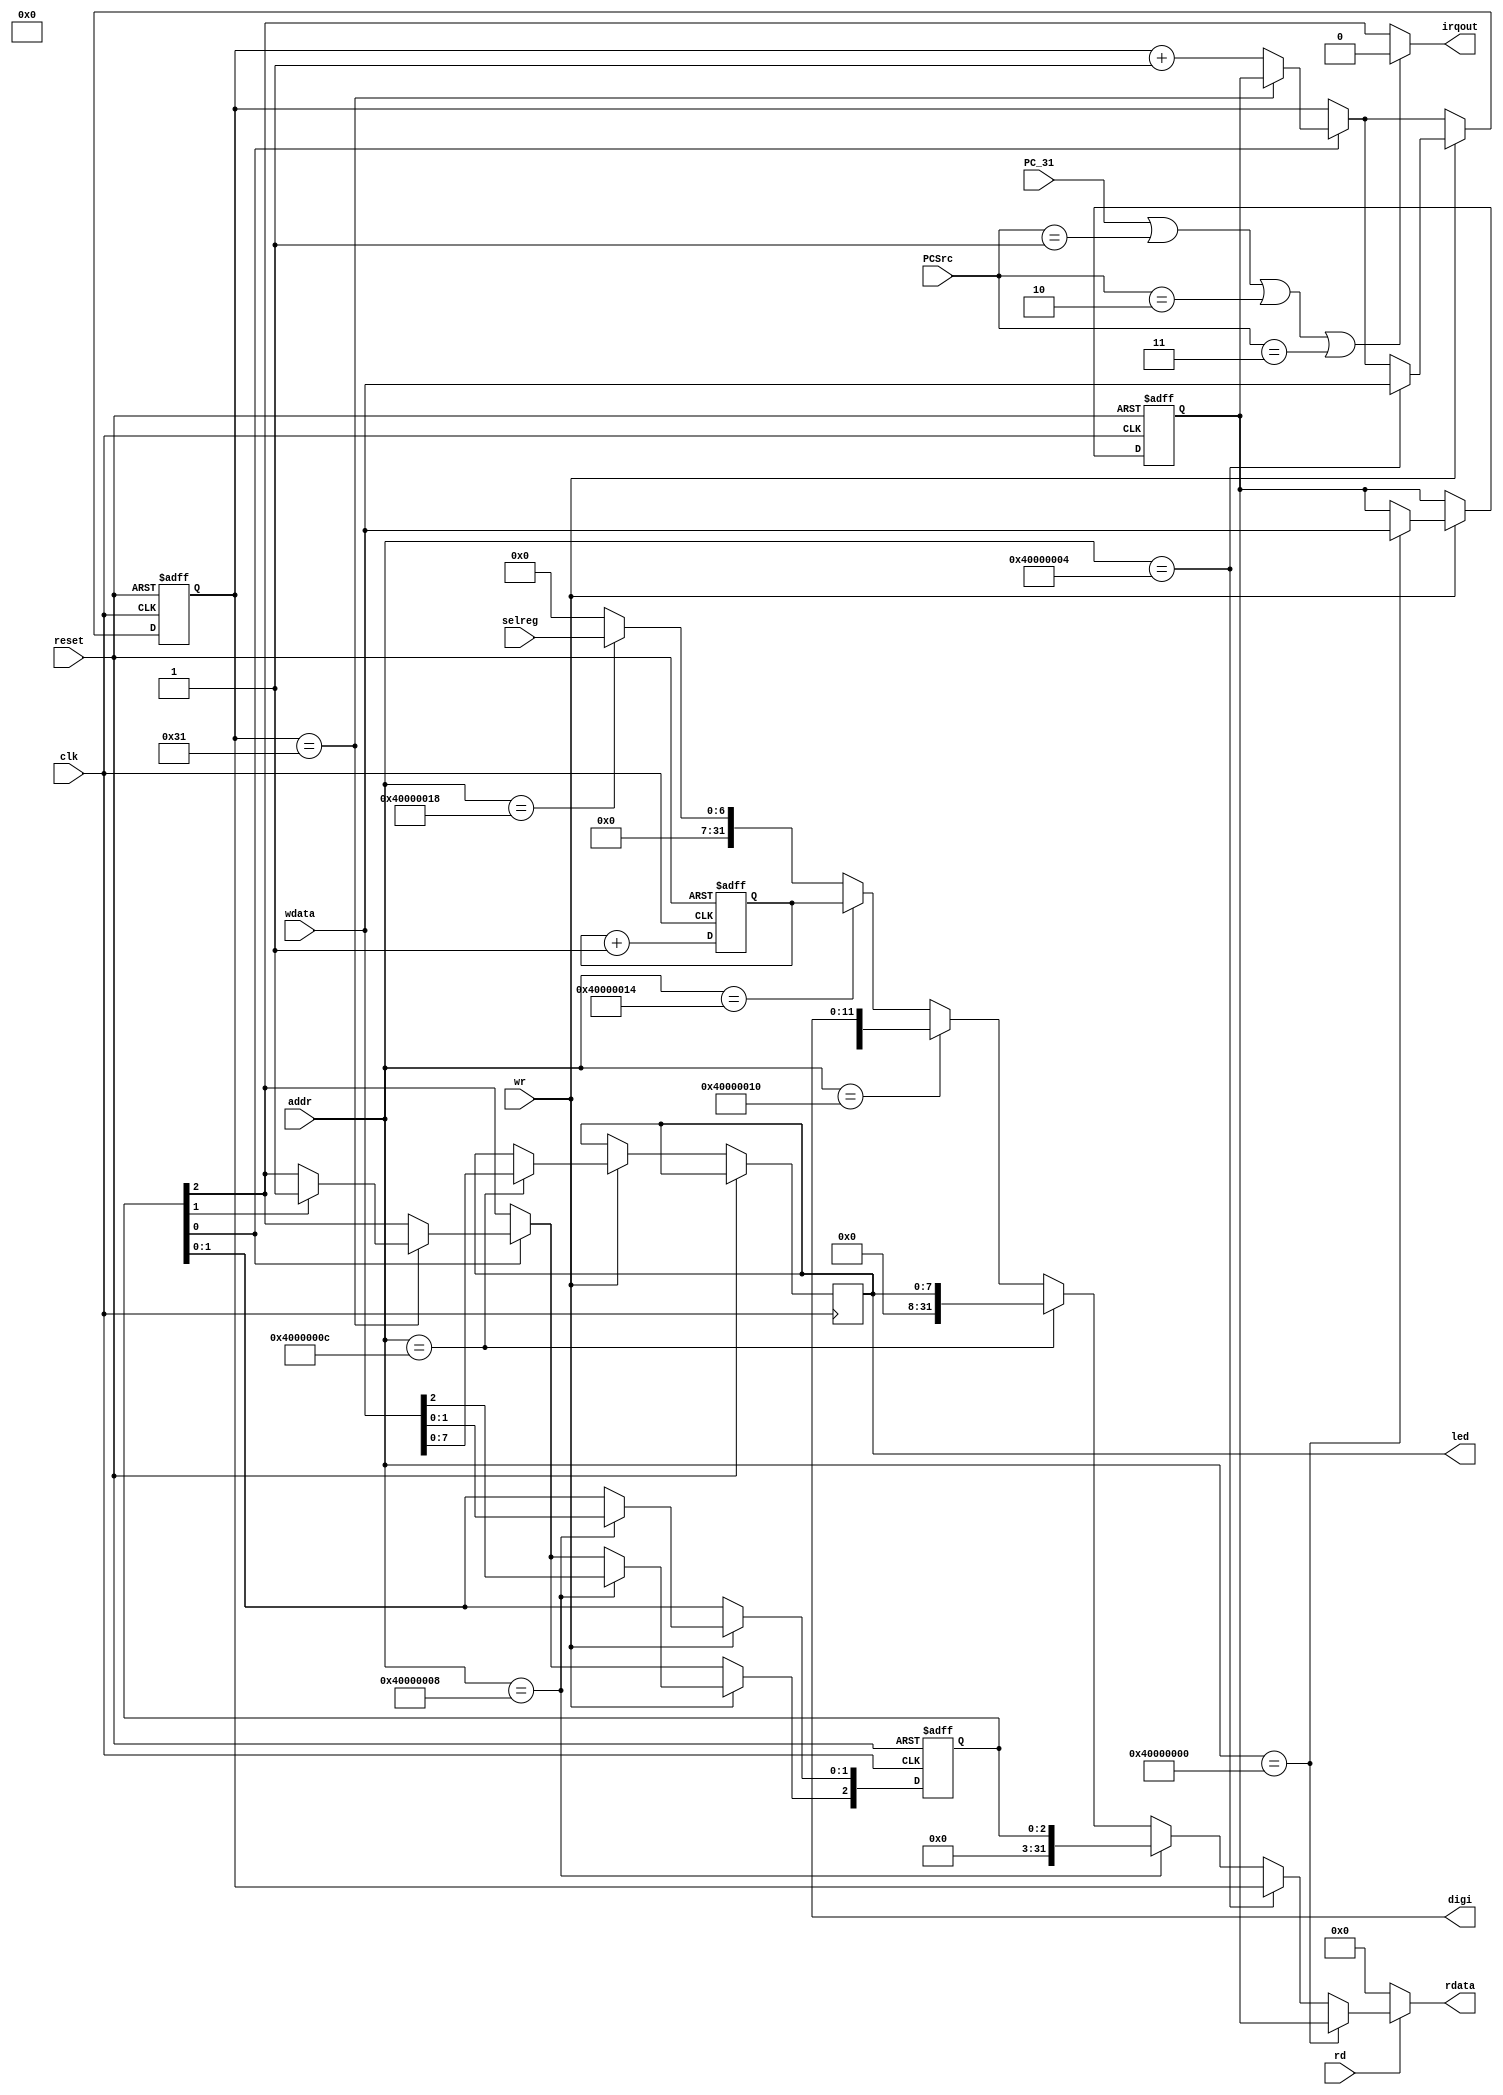
`timescale 1ns/1ps
module Peripheral(PCSrc,reset,clk,rd,wr,addr,wdata,rdata,led,digi,selreg,irqout,PC_31);
input [2:0]PCSrc;
input reset,clk;
input rd,wr,PC_31;
input [31:0] addr;
input [31:0] wdata;
input [6:0] selreg;
output [31:0] rdata;
output [7:0] led;
output [11:0] digi;
output irqout;

reg [7:0] led;
reg [11:0] digi;
reg [2:0] TCON;


reg [31:0] TH,TL;
reg [31:0] systick;







assign irqout = (PC_31 || PCSrc==3'b001 || PCSrc==3'b010 || PCSrc==3'b011)?0:TCON[2];

assign rdata = (rd == 0)? 32'b0 :
			   (addr == 32'h40000000)? TH:
			   (addr == 32'h40000004)? TL:
			   (addr == 32'h40000008)? {29'b0,TCON}:
			   (addr == 32'h4000000c)? {24'b0,led}:
			   (addr == 32'h40000010)? {20'b0,digi}:
			   (addr == 32'h40000014)? systick:
			   (addr == 32'h40000018)? {25'b0,selreg}:32'h0000_0000;


always@(posedge reset or posedge clk) 
begin
	if(reset) 
	begin
		TH <= 32'b0;
		TL <= 32'b0;
		TCON <= 3'b0;
		systick <= 32'h0;
	end
	else 
	begin
		if(TCON[0]) 
		begin
			if(TL==49) 
			begin
				TL <= TH;
				if(TCON[1]) TCON[2] <= 1'b1;
			end
			else TL <= TL + 1;
		end
		if(wr)
		begin
		case(addr)
			32'h40000000: TH <= wdata;
			32'h40000004: TL <= wdata;
			32'h40000008: TCON <= wdata[2:0];
			32'h4000000c: led <= wdata[7:0];
			//32'h40000010: digi <= wdata[11:0];

			default:;
		endcase
		end
		systick <= systick+1;
	end
end

endmodule